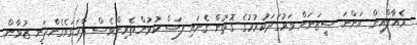
ރެއާލްއިން އަންނަ ސީޒަނަށް ވަރުގަދަކުރުމުގެ ގޮތުން ގެނައި ފަސް ކުޅުންތެރިންވެސް ފާހަގަވެގެންދަނީ ޒުވާން